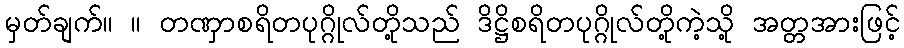
မှတ်ချက်။ ။ တဏှာစရိတပုဂ္ဂိုလ်တို့သည် ဒိဋ္ဌိစရိတပုဂ္ဂိုလ်တို့ကဲ့သို့ အတ္တအားဖြင့်